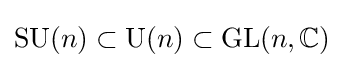
\operatorname {SU} (n)\subset \operatorname {U} (n)\subset \operatorname {GL} (n,\mathbb {C} )